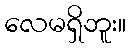
လေမရှိဘူး။